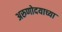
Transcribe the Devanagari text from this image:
अरुणोदयाच्या